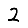
Digit: 2